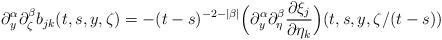
LaTeX: \begin{align*}\partial^\alpha_y\partial^\beta_\zeta b_{jk}(t,s,y,\zeta)=-(t-s)^{-2-|\beta|}\Big(\partial^\alpha_y\partial^\beta_\eta \frac{\partial \xi_j}{\partial \eta_k}\Big)(t,s,y,\zeta/(t-s))\end{align*}